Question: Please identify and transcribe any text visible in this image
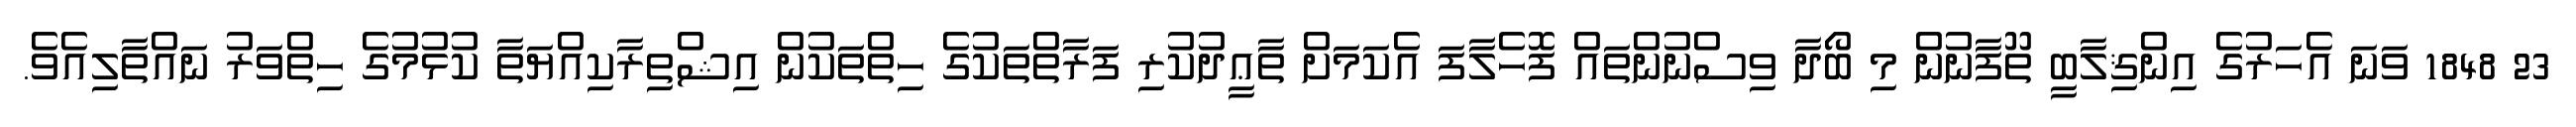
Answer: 23 1848 ވަނަ އެހަރުގެ އިންޤިލާބީ ތޫފާނުން މި ބޯދާ ވިސްނުންތައް ފޮހެލާފަ އެކަމަށް ތާޢީދުކުރި ފަރާތްތަކުގެ ހިތްތަކުން އިޝްތިރާކިއްޔަތާ ކުޅުމުގެ ހިތްވަރު ނައްތާލިއެވެ.